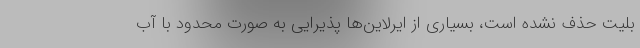
بلیت حذف نشده است، بسیاری از ایرلاین‌ها پذیرایی به صورت محدود با آب